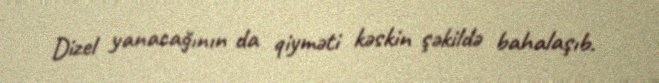
Dizel yanacağının da qiyməti kəskin şəkildə bahalaşıb.